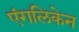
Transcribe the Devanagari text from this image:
एंगलिकेन